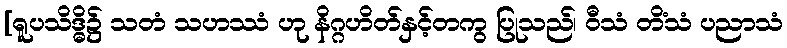
[ရူပသိဒ္ဓိ၌ သတံ သဟဿံ ဟု နိဂ္ဂဟိတ်နှင့်တကွ ပြုသည်၊ ဝီသံ တိံသံ ပညာသံ